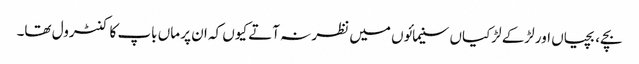
بچے، بچیاں اور لڑکے لڑکیاں سنیمائوں میں نظر نہ آتے کیوں کہ ان پر ماں باپ کا کنٹرول تھا۔